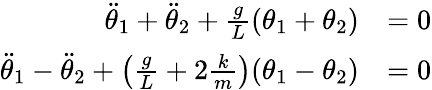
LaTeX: {\begin{array}{rl}{{\ddot{\theta}}_{1}+{\ddot{\theta}}_{2}+{\frac{g}{L}}(\theta_{1}+\theta_{2})}&{=0}\\ {{\ddot{\theta}}_{1}-{\ddot{\theta}}_{2}+\left({\frac{g}{L}}+2{\frac{k}{m}}\right)(\theta_{1}-\theta_{2})}&{=0}\end{array}}